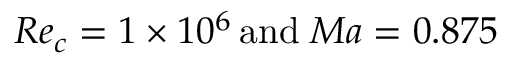
R e _ { c } = 1 \times 1 0 ^ { 6 } \, \mathrm { a n d } \; M a = 0 . 8 7 5